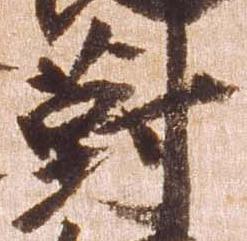
対